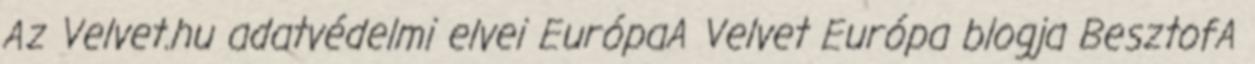
Az Velvet.hu adatvédelmi elvei EurópaA Velvet Európa blogja BesztofA